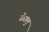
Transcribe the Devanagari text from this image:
खेरालु